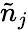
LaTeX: \tilde{n}{}_{j}